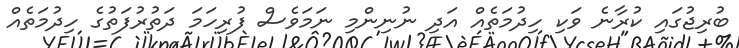
ބުރިޖުގައި ކުރާނެ ވަކި ހިދުމަތެއް އަދި ނުނިންމި ނަމަވެސް ފުރިހަމަ ދަތުރުފަތުގެ ހިދުމަތެއް